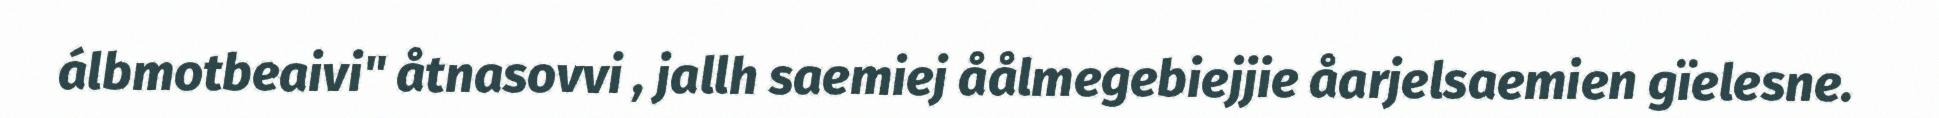
álbmotbeaivi" åtnasovvi , jallh saemiej åålmegebiejjie åarjelsaemien gïelesne.